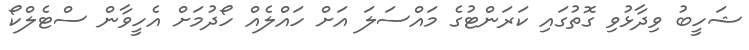
ޝަހީބު ވިދާޅުވި ގޮތުގައި ކަރަންޓުގެ މައްސަލަ އަށް ހައްލެއް ހޯދުމަށް އެހީވާން ސްޓެލްކޯ